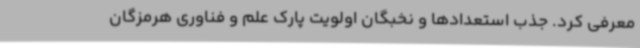
معرفی کرد. جذب استعدادها و نخبگان اولویت پارک علم و فناوری هرمزگان